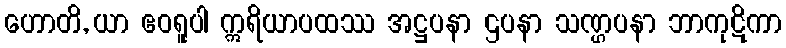
ဟောတိ, ယာ ဧဝရူပါ ဣရိယာပထဿ အဋ္ဌပနာ ဌပနာ သဏ္ဌပနာ ဘာကုဋိကာ